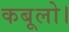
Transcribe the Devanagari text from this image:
कबूलो।